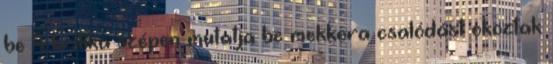
be A kritika szépen mutatja be mekkora csalódást okoztak